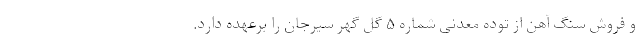
و فروش سنگ آهن از توده معدنی شماره ۵ گل گهر سیرجان را برعهده دارد.